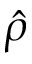
\hat { \rho }